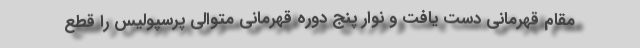
مقام قهرمانی دست یافت و نوار پنج دوره قهرمانی متوالی پرسپولیس را قطع